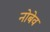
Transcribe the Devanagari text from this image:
नोबेव